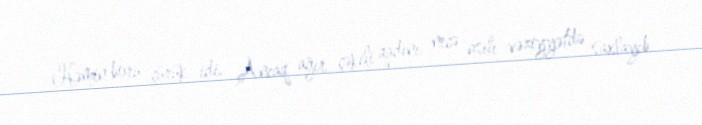
Həmin boru çürük idi. Ancaq ağır çəkili qadını necə asılı vəziyyətdə saxlayıb,